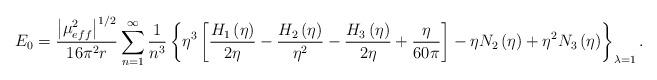
LaTeX: \begin{align*}E_{0}=\frac{\left|\mu _{eff}^{2}\right|^{1/2}}{16\pi ^{2}r}\sum _{n=1}^{\infty }\frac{1}{n^{3}}\left\{ \eta ^{3}\left[\frac{H_{1}\left(\eta \right)}{2\eta }-\frac{H_{2}\left(\eta \right)}{\eta ^{2}}-\frac{H_{3}\left(\eta \right)}{2\eta }+\frac{\eta }{60\pi }\right]-\eta N_{2}\left(\eta \right)+\eta ^{2}N_{3}\left(\eta \right)\right\} _{\lambda =1}.\end{align*}